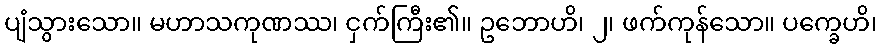
ပျံသွားသော။ မဟာသကုဏဿ၊ ငှက်ကြီး၏။ ဥဘောဟိ၊ ၂၊ ဖက်ကုန်သော။ ပက္ခေဟိ၊